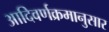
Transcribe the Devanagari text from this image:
आदिवर्णक्रमानुसार